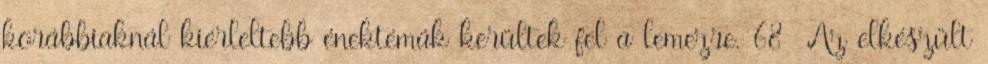
korábbiaknál kiérleltebb énektémák kerültek fel a lemezre. 68 Az elkészült